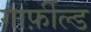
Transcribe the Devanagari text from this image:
गार्फ़ील्ड